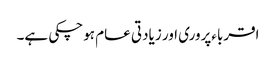
اقرباءپروری اور زیادتی عام ہوچکی ہے۔